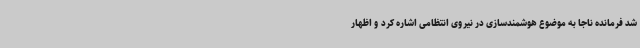
شد فرمانده ناجا به موضوع هوشمندسازی در نیروی انتظامی اشاره کرد و اظهار